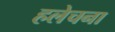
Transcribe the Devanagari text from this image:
हलेचना